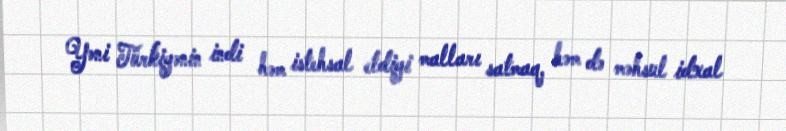
Yəni Türkiyənin indi həm istehsal etdiyi malları satmaq, həm də məhsul idxal